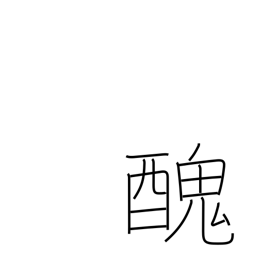
Meaning: ugly